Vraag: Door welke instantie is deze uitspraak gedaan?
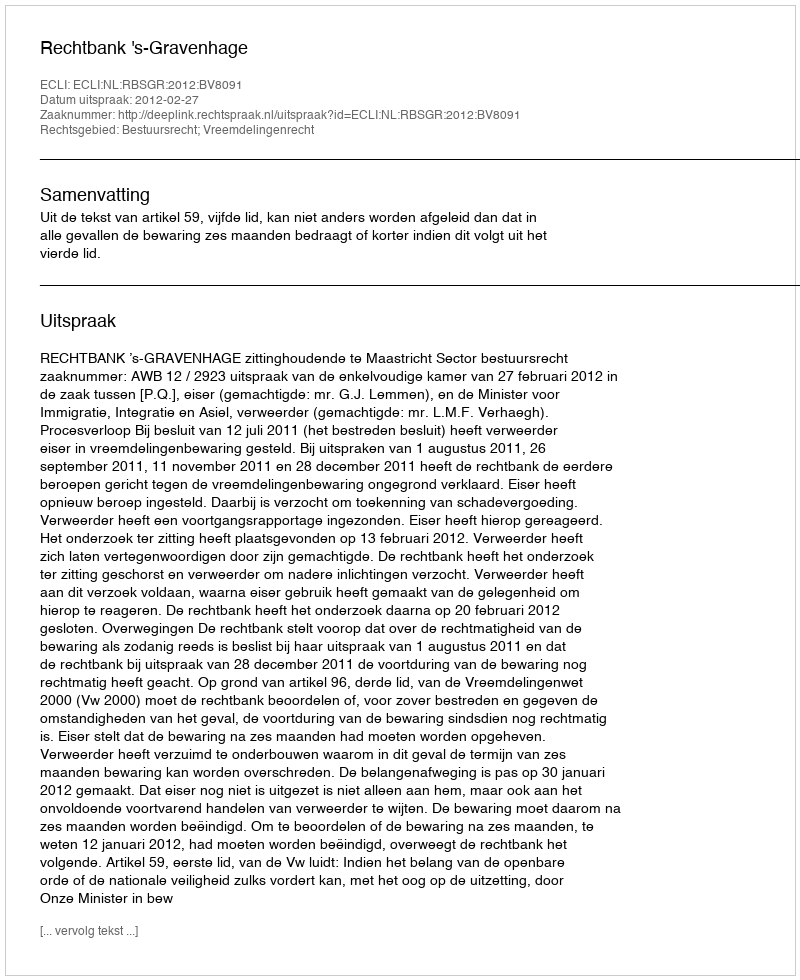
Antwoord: Rechtbank 's-Gravenhage